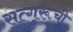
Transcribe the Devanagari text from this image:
सत्गुरूंची